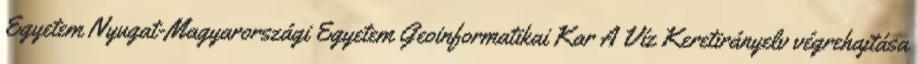
Egyetem Nyugat-Magyarországi Egyetem Geoinformatikai Kar A Víz Keretirányelv végrehajtása